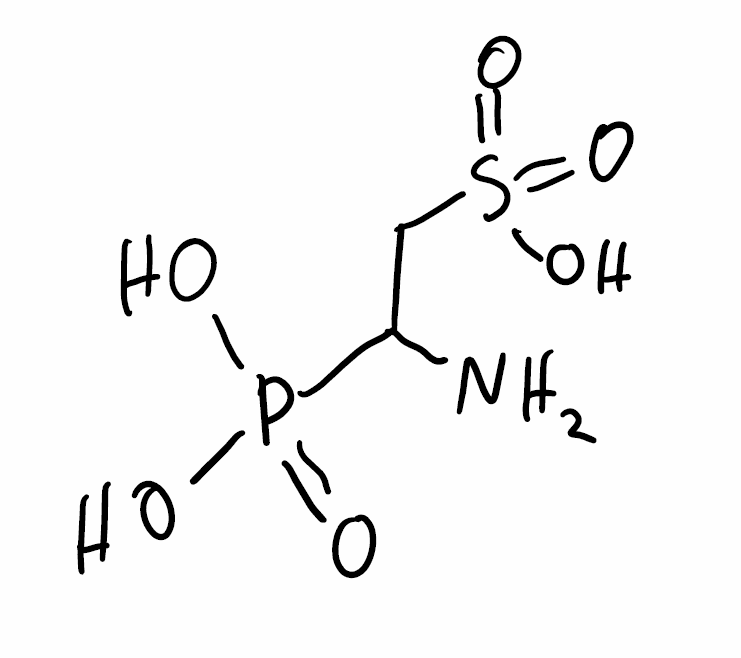
Simplified molecular-input line-entry system (SMILES) notation of the given molecule:
C(C(N)P(=O)(O)O)S(=O)(=O)O